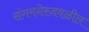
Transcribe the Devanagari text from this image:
संगमनेरजवळील